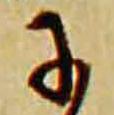
于